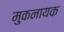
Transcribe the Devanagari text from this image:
मुकनायक